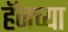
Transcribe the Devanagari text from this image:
हॅनच्या